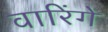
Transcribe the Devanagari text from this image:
वारिंगे